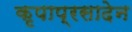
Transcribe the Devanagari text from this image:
कृपाप्रसादेन